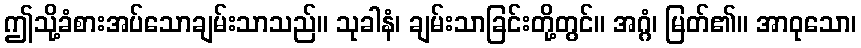
ဤသို့ခံစားအပ်သောချမ်းသာသည်။ သုခါနံ၊ ချမ်းသာခြင်းတို့တွင်။ အဂ္ဂံ၊ မြတ်၏။ အာဝုသော၊